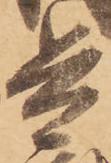
兵